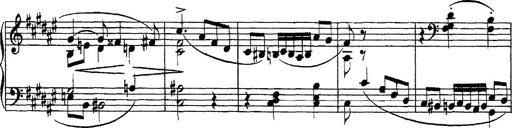
Title: Piano Sonata
Composer: Karl HÃ¤ssler
Key: C major